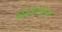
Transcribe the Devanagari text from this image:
वितळणार्‍या